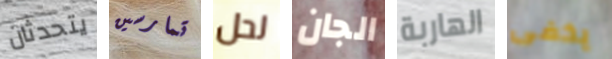
يتحدثان تمارسين لحل الجان الهاربة يخفى